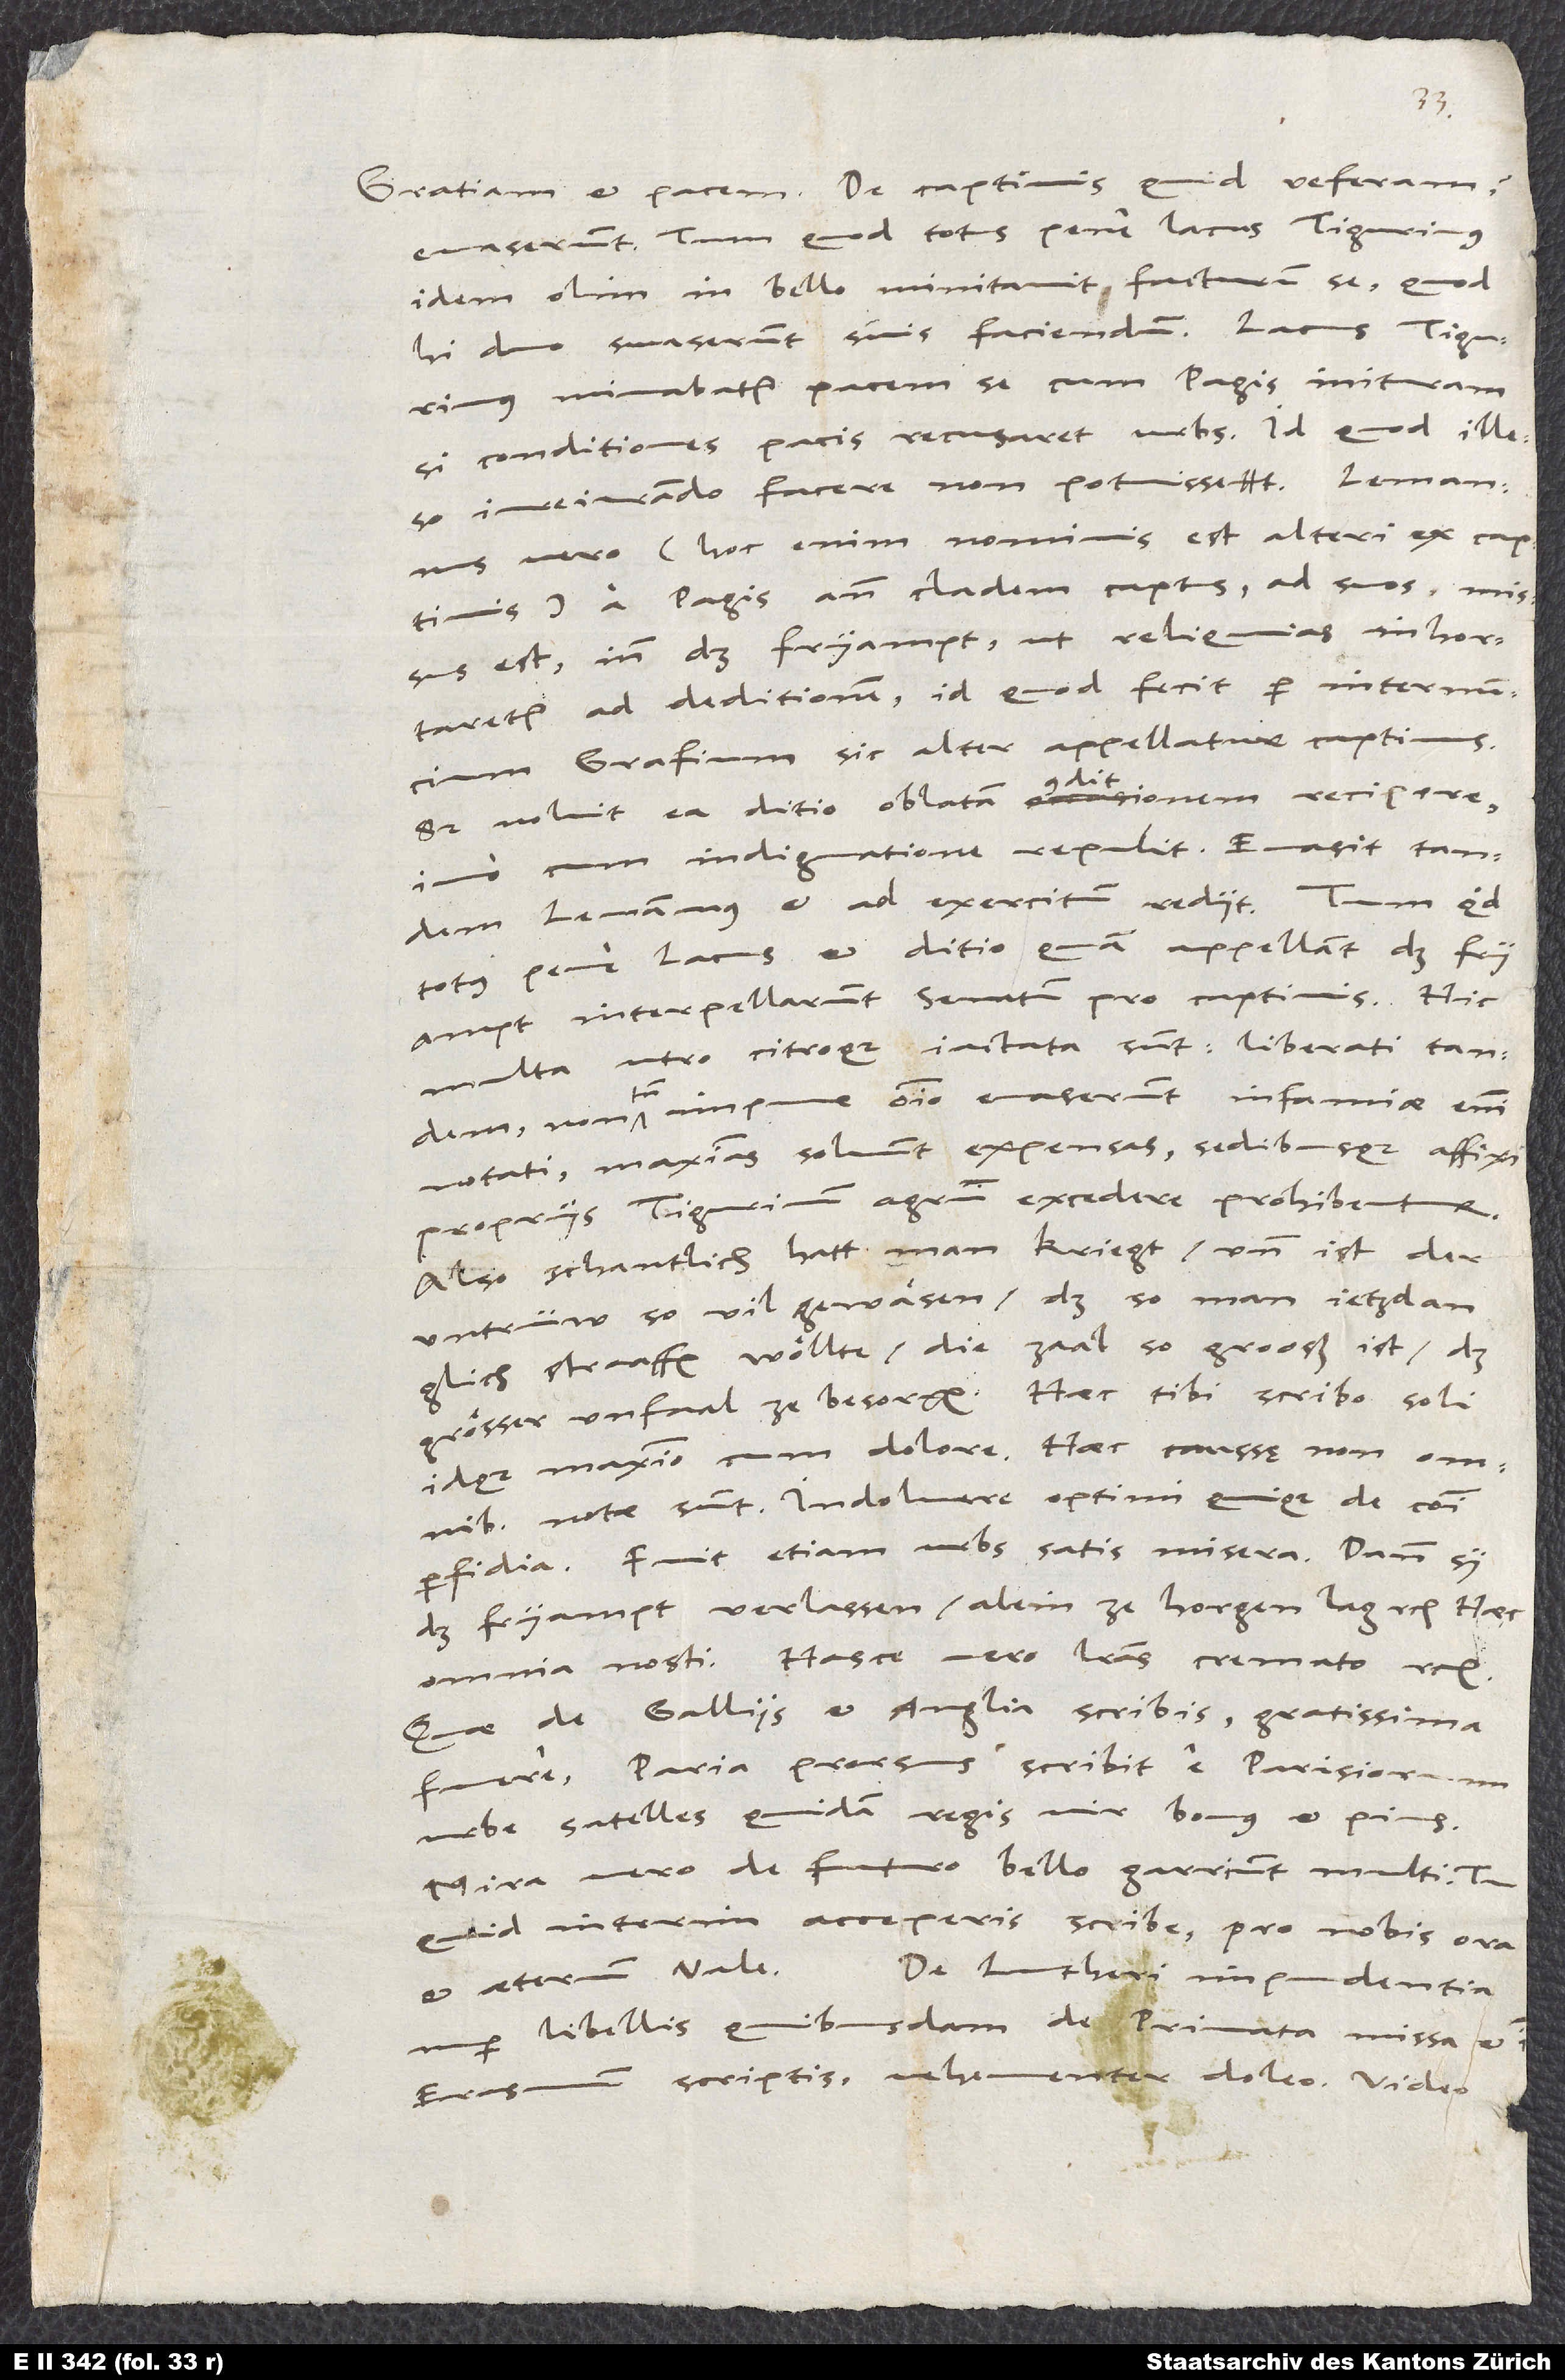
Evaserunt. Tum, quod totus pene Lacus Tigurinus
idem olim in bello minitavit facturum se, quod
hi duo suaserunt suis faciendum - Lacus Tigurinus
minabatur pacem se cum Pagis inituram,
si conditiones pacis recusaret urbs, id quod illeso
iureiurando facere non potuisset. Lemannus
vero (hoc enim nominis est alteri ex captivis)
a Pagis ante cladem captus ad suos missus
est, inn das Fryampt, ut reliquias inhortaretur
ad deditionem, id quod fecit per internuncium
Grafium (sic alter appellatur captivus).
Sed noluit ea ditio oblatam conditionem recipere,
imo cum indignatione repulit. Evasit tandem
Lemannus et ad exercitum rediit -, tum quod
totus pene Lacus et ditio, quam appellant das Fryampt,
interpellarunt senatum pro captivis. Hic
multa ultro citroque iactata sunt. Liberati tandem,
impune omnino evaserunt. Infamiae enim
notati maximas solvunt expensas sedibusque affixi
propriis Tigurinum agrum excedere prohibentur.
Also schantlich hatt man kriegt und ist der
untrüw so vil gewäsen, daß, so man jetz dan
glich straffen wöllte, die zaal so grooß ist, daß
grösser unfaal ze besorgen. Haec tibi scribo soli,
idque maximo cum dolore. Haec caussę non omnibus
notae sunt. Indoluere optimi quique de communi
perfidia; fuit etiam urbs satis misera. Dann sy
das Fryampt verlassen, alein ze Horgen lag etc. Haec
omnia nosti. Hasce vero literas cremato etc.
Quae de Galliis et Anglia scribis, gratissima
fuere; paria prorsus scribit e Parisiorum
urbe satelles quidam regis, vir bonus et pius.
Mira vero de futuro bello garriunt multi. Tu
quid interim acceperis, scribe, pro nobis ora
De Lutheri impudentia
et aeternum vale.
nuper libellis quibusdam de privata missa et
Erasmum scriptis vehementer doleo. Video